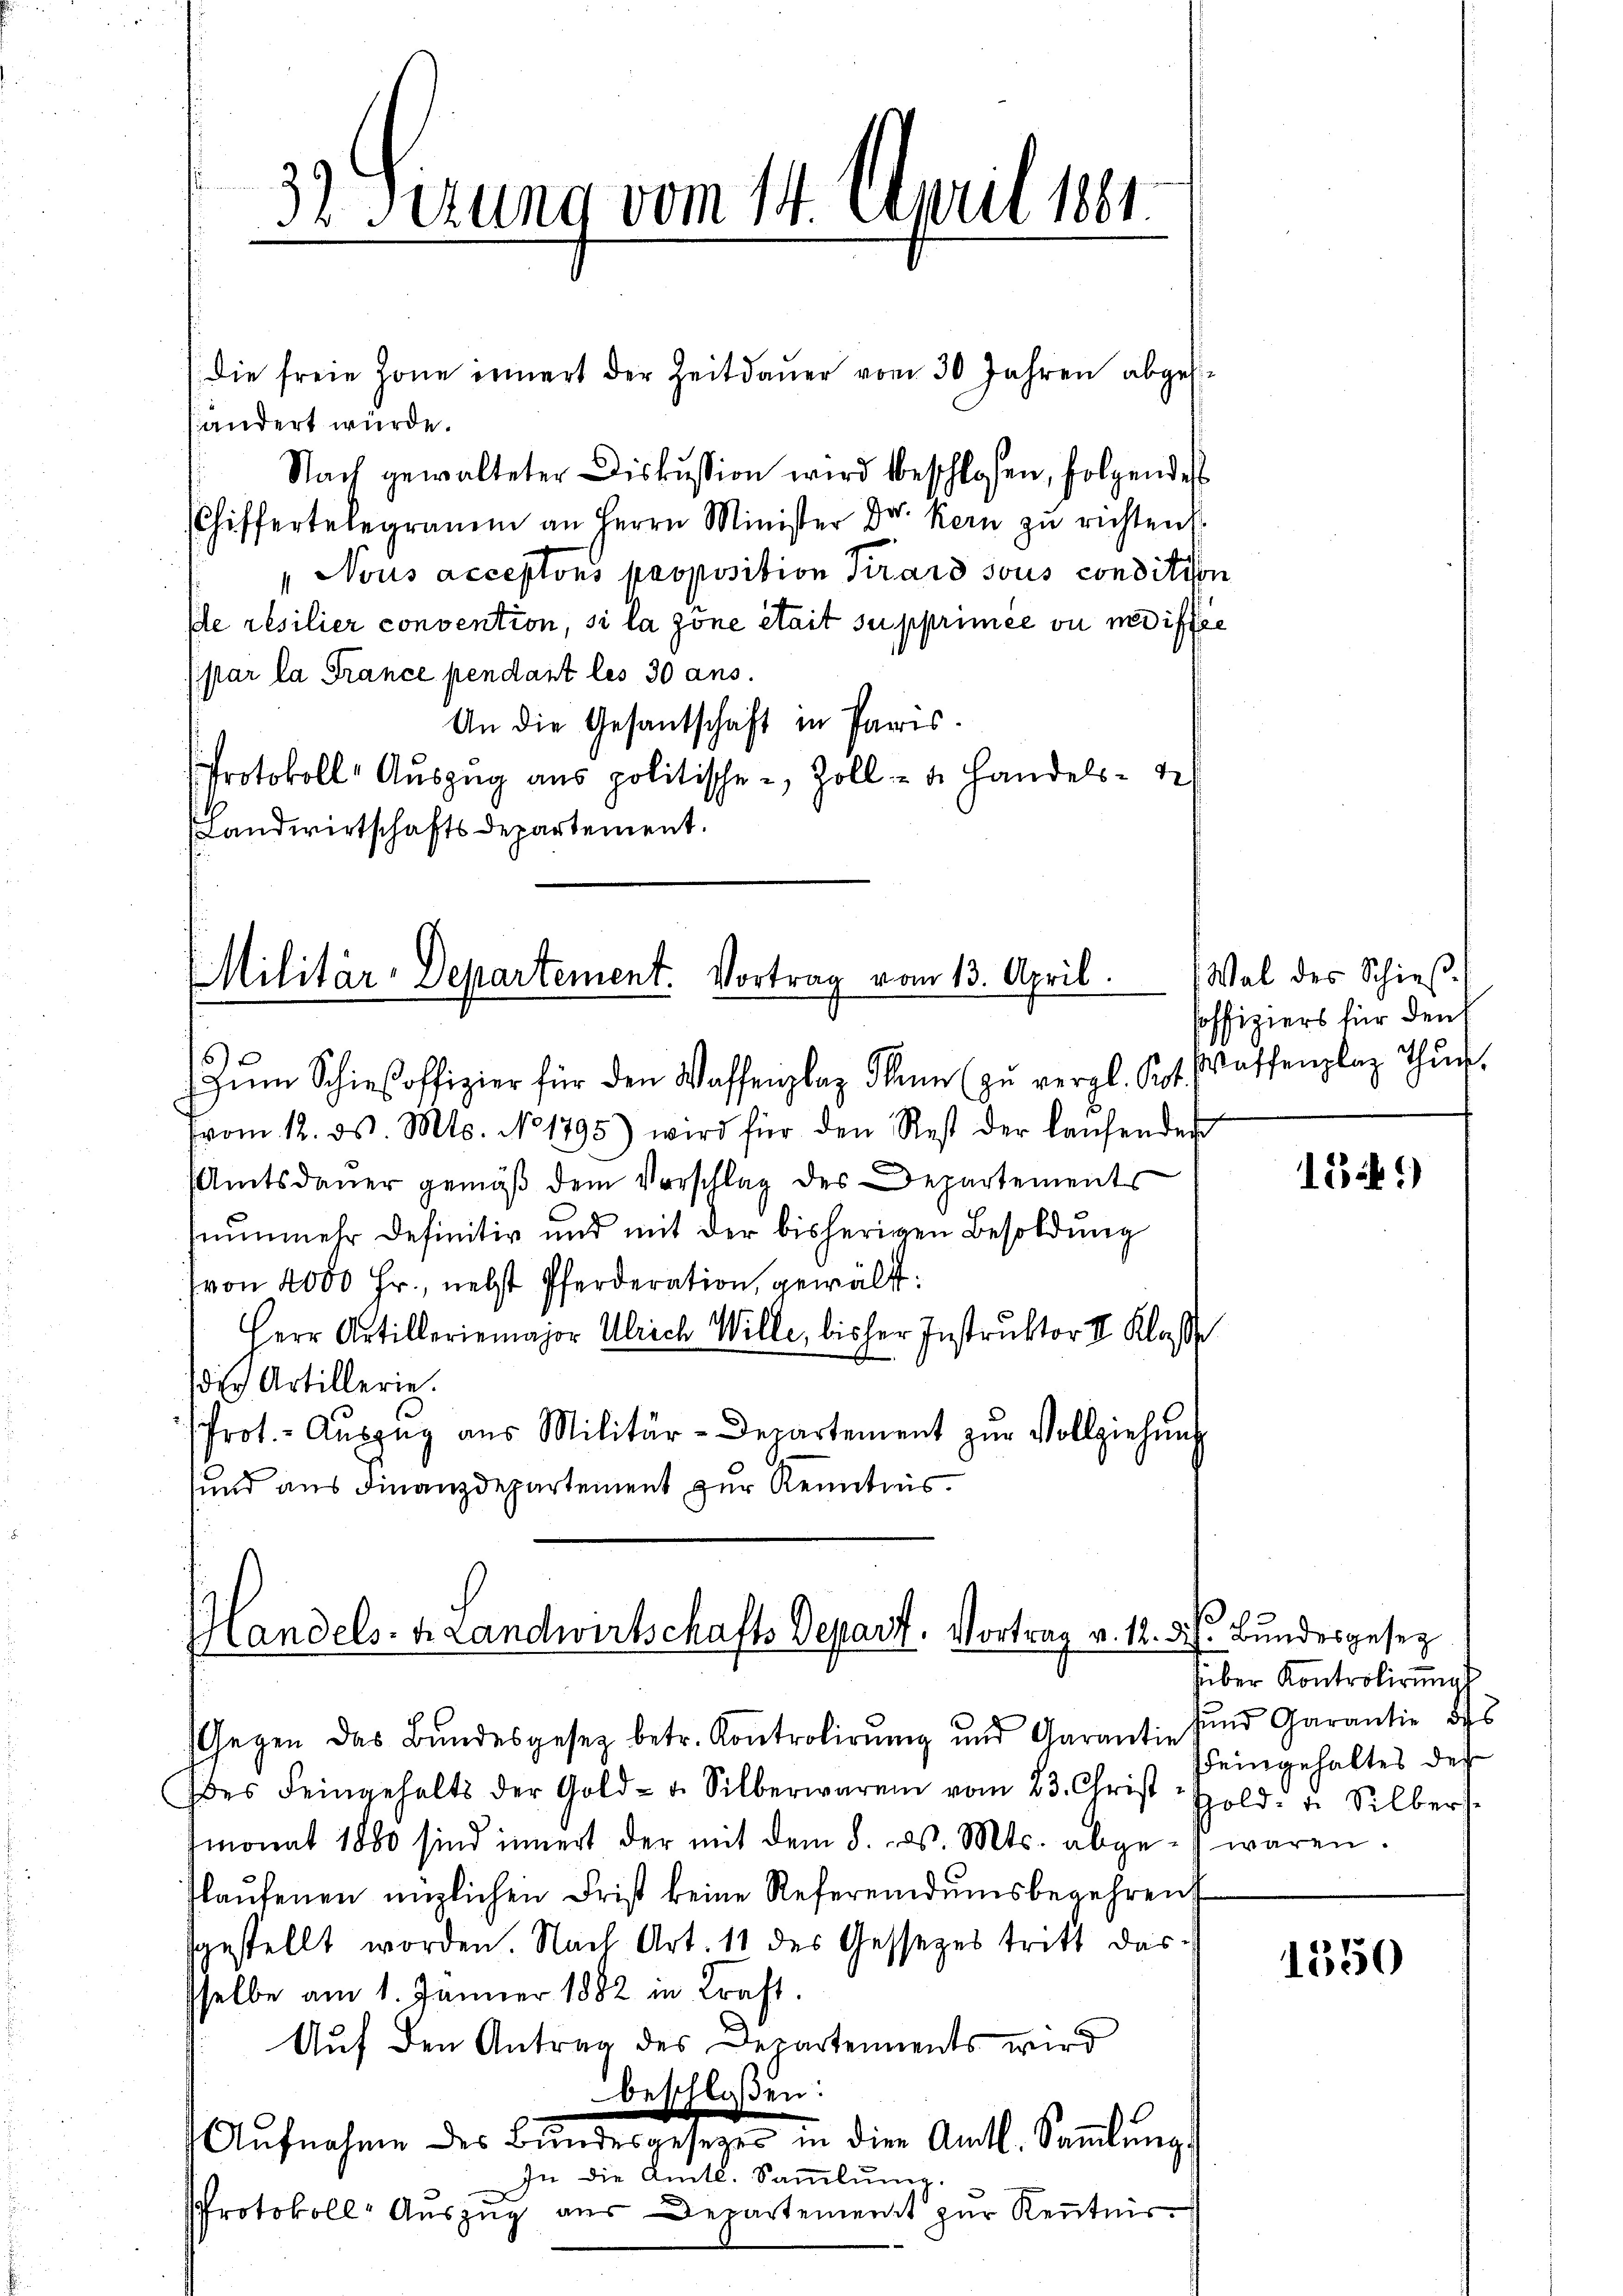
3. Serung vom 14. April 1841.

(die freie Zone innert der Zeitdauer vom 30 Jahren abgese
händert würde.
Nach gewalteter Diskussion wird beschlosen, folgendes
Chiffertelegramm an Herrn Minister Dr. Kern zu richten
 Nous acceptons proposition Kirard sous condition
de résilier convention, si la zöne était supprimée ou modifiée
(par la France pendant les 30 ans.
An die Gesantschaft in Paris.
Protokoll Auszug aus politischen Zoll- u. Handels- de
(Landwirtschaftsdepartement.

Militär-Departement. Vortrag vom 13. April.
ŭm Schieβoffizier für den Waffenplaz dann (zŭ vergl. Kot. Wassenplaz thŭn.

Handels- Landwirtschafts Depart, Vortrag v. 12. d. h. Bundesgesez

(vom 12. ds. Mts. No 1795) wird für den Rest der laŭfenden
Amtsdauer gemäß dem Vorschlag des Departements
nunmehr definitiv und mit der bisherigen Besoldung
(von 2000 Fr., nebst Pferderation, gewält:
Herr Artilleriemajor Ulrich Wille, bisher Instruktor I. Klasse
dich Artillerie.
Prot.- Aŭszŭg aŭs Militär-Departement zŭr Vollziehŭng
sund aus Finanzdepartement zur Kenntnis.

Gegen das Bundesgesetz betr. Kontrolirung und Garantie
des Feingehalts der Gold- u. Silberwaren vom 23. Christ Hold- u. Silbers
tmonat 1880 sind innert der mit dem 8. d. Mts. abge-waren.
laŭfenen englichen Frist keine Referendŭmsbegehren
sgestellt worden. Nach Art. 11 des Gessezes tritt das-
sselbe am 1. Jänner 1882 in Kraft.
Auf den Antrag des Departements wird
beschloßen:
Aufnahme des Bundesgeheger in die Amtl. Sammlung
In die Amtl. Sammlung.
Protokoll- Auszug aus Departement zur Kenntnis¬

Wal des Schießsoffiziers für den

15.)

hüber Kontrolirungs
und Garantie des
eingehaltes des

1350